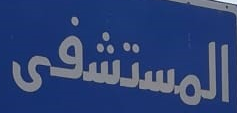
المستشفى